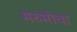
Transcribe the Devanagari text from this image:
मरुमोचा